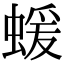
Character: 蝯